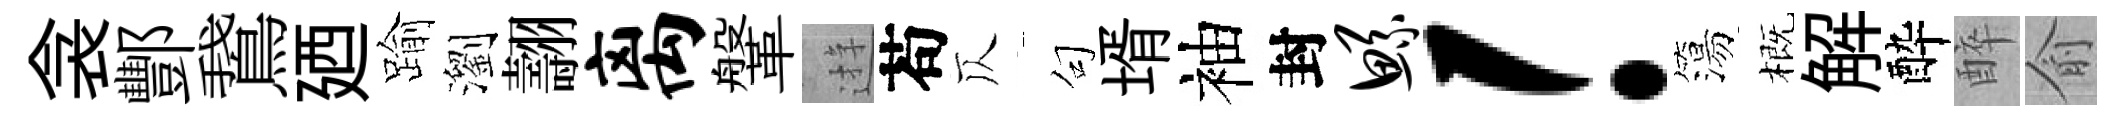
衾酆鵞廼踰瀏翿离鞶逰苟仄句壻袖封鲧！簜概解酔醉俞